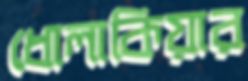
ধোলাকিয়ার